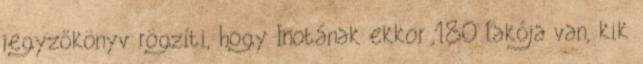
jegyzőkönyv rögzíti, hogy Inotának ekkor 180 lakója van, kik